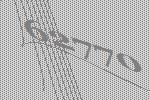
62770